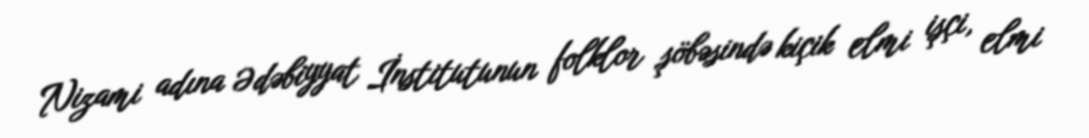
Nizami adına Ədəbiyyat İnstitutunun folklor şöbəsində kiçik elmi işçi, elmi